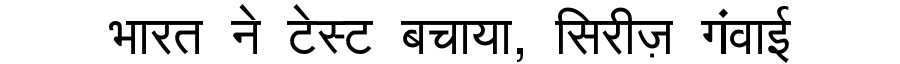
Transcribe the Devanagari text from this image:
भारत ने टेस्ट बचाया, सिरीज़ गंवाई